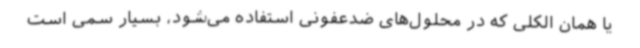
یا همان الکلی که در محلول‌های ضدعفونی استفاده می‌شود، بسیار سمی است